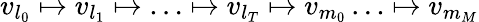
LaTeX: v_{l_{0}}\mapsto v_{l_{1}}\mapsto\ldots\mapsto v_{l_{T}}\mapsto v_{m_{0}}\ldots\mapsto v_{m_{M}}